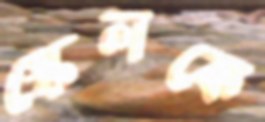
স্কেলকে